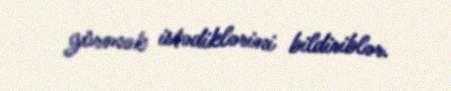
görmək istədiklərini bildiriblər.